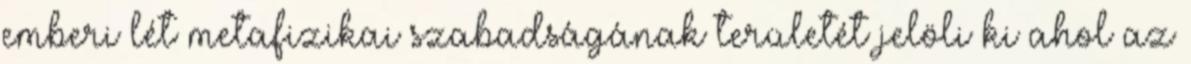
emberi lét metafizikai szabadságának területét jelöli ki ahol az